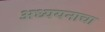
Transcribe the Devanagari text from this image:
अध्ययनाचा